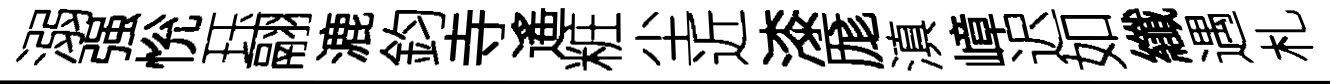
溺强恱珏翮漉鈞寺遙粧尘近漆厖滇嶂迟如纖遇札